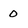
Character: 0